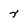
Character: r